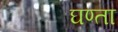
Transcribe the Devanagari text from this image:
घण्ता